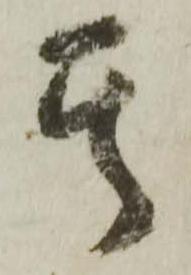
其